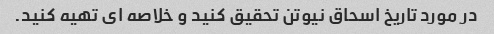
در مورد تاریخ اسحاق نیوتن تحقیق کنید و خلاصه ای تهیه کنید.